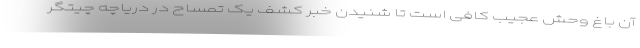
آن باغ وحش عجیب کافی است تا شنیدن خبر کشف یک تمساح در دریاچه چیتگر